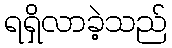
ရရှိလာခဲ့သည်